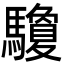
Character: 𩧊